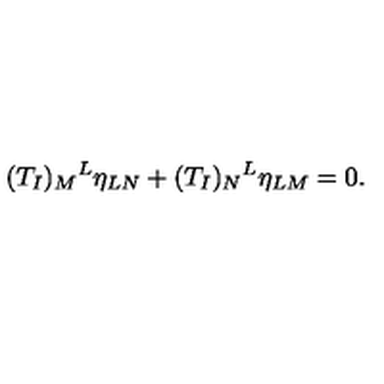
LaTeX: ( T _ { I } ) _ { M } { } ^ { L } \eta _ { L N } + ( T _ { I } ) _ { N } { } ^ { L } \eta _ { L M } = 0 .